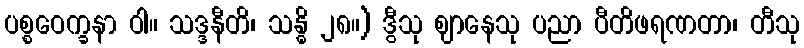
ပစ္စဝေက္ခနာ ဝါ။ သဒ္ဒနီတိ၊ သန္ဓိ ၂၈။) ဒွီသု ဈာနေသု ပညာ ပီတိဖရဏတာ၊ တီသု